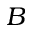
B